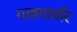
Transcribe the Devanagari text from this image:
गावपाडरि